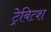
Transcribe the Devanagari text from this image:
ट्रेबित्श